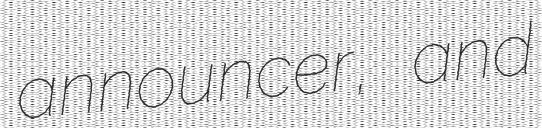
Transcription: announcer, and